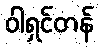
ဝါရှင်တန်